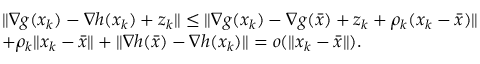
\begin{array} { r } { \begin{array} { l l } { \| \nabla g ( x _ { k } ) - \nabla h ( x _ { k } ) + z _ { k } \| \leq \| \nabla g ( x _ { k } ) - \nabla g ( \bar { x } ) + z _ { k } + \rho _ { k } ( x _ { k } - \bar { x } ) \| } \\ { + \rho _ { k } \| x _ { k } - \bar { x } \| + \| \nabla h ( \bar { x } ) - \nabla h ( x _ { k } ) \| = o ( \| x _ { k } - \bar { x } \| ) . } \end{array} } \end{array}